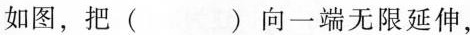
如图，把()向一端无限延伸，